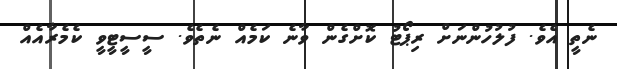
ނެތީ އެވެ. ފުލުހުންނަށް ރިޕޯޓު ކޮށްގެން ވާނެ ކަމެއް ނެތެވެ. ސީސީޓީވީ ކެމެރާއެއް